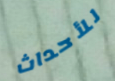
للأحداث